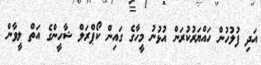
އަދި ފުލުހުން ހައްޔަރުކުރަން އުޅުނު މީހާގެ ގައިން ކޯޕްރަލް ޝާހީންގެ އަތް ލީވާން